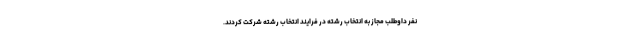
نفر داوطلب مجاز به انتخاب رشته در فرایند انتخاب رشته شرکت کردند.